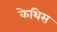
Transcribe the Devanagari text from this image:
क्रेथिस